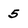
Character: 5